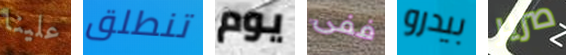
علينا تنطلق يوم ففى بيدرو صرير